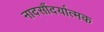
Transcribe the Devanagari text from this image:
नादसौंदर्यात्मक